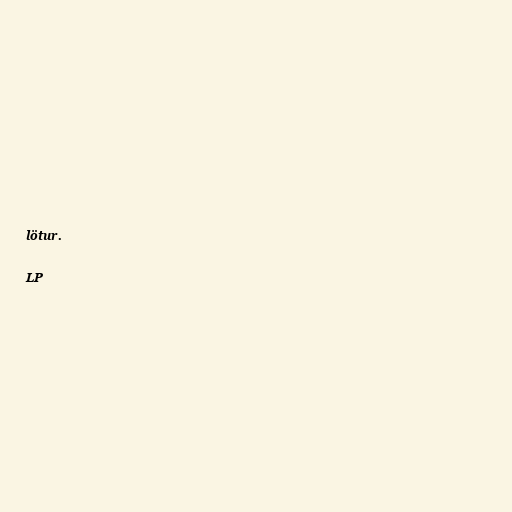
lötur.

LP